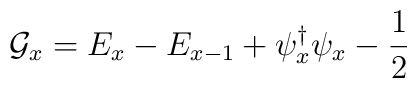
{\cal G}_{x}=E_{x}-E_{x-1}+\psi^{\dag}_{x}\psi_{x}-\frac{1}{2}